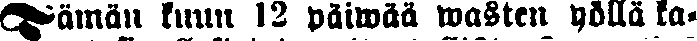
Tämän kuun 12 päiwää wasten yöllä ka-